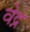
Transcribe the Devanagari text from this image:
वेद्न